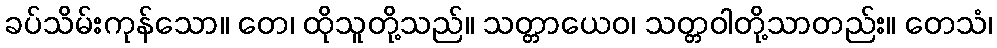
ခပ်သိမ်းကုန်သော။ တေ၊ ထိုသူတို့သည်။ သတ္တာယေဝ၊ သတ္တဝါတို့သာတည်း။ တေသံ၊